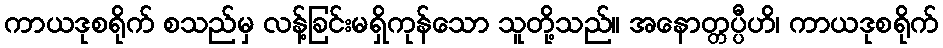
ကာယဒုစရိုက် စသည်မှ လန့်ခြင်းမရှိကုန်သော သူတို့သည်။ အနောတ္တပ္ပီဟိ၊ ကာယဒုစရိုက်